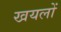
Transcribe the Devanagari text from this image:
खयलों